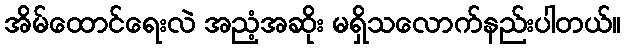
အိမ်ထောင်ရေးလဲ အညံ့အဆိုး မရှိသလောက်နည်းပါတယ်။